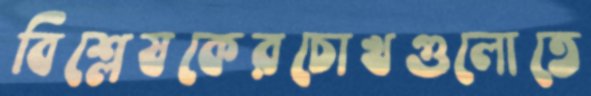
বিশ্লেষকেরচোখগুলোতে